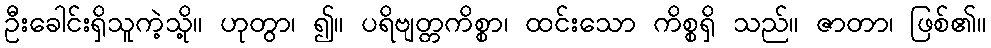
ဦးခေါင်းရှိသူကဲ့သို့။ ဟုတွာ၊ ၍။ ပရိဗျတ္တကိစ္စာ၊ ထင်းသော ကိစ္စရှိ သည်။ ဇာတာ၊ ဖြစ်၏။